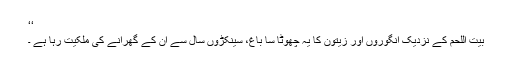
‘‘
بیت اللحم کے نزدیک انگوروں اور زیتون کا یہ چھوٹا سا باغ، سینکڑوں سال سے ان کے گھرانے کی ملکیت رہا ہے ۔